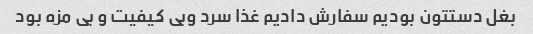
بغل دستتون بودیم سفارش دادیم غذا سرد وبی کیفیت و بی مزه بود